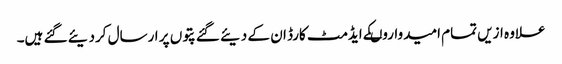
علاوہ ازیں تمام امیدواروںکے ایڈمٹ کارڈ ان کے دیئے گئے پتوں پر ارسال کردیئے گئے ہیں۔